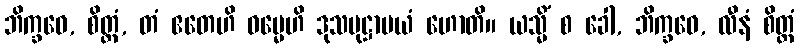
ဘိက္ခဝေ, စိတ္တံ, တံ ဧတေဟိ ဓမ္မေဟိ ဒုသမုဋ္ဌာပယံ ဟောတိ။ ယသ္မိံ စ ခေါ, ဘိက္ခဝေ, လီနံ စိတ္တံ